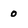
Character: 0